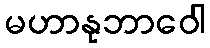
မဟာနုဘာဝေါ